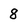
Character: 8